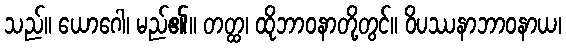
သည်။ ယောဂေါ၊ မည်၏။ တတ္ထ၊ ထိုဘာဝနာတို့တွင်။ ဝိပဿနာဘာဝနာယ၊